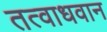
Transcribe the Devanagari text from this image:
तत्वाधवान